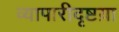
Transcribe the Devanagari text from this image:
व्यापारीदृष्टय़ा